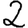
Digit: 2